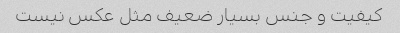
کیفیت و جنس بسیار ضعیف مثل عکس نیست